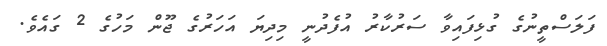
ފަލަސްތީނުގެ ގުޅިފައިވާ ސަރުކާރު އުފެދުނީ މިދިޔަ އަހަރުގެ ޖޫން މަހުގެ 2 ގައެވެ.